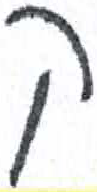
אות: ק